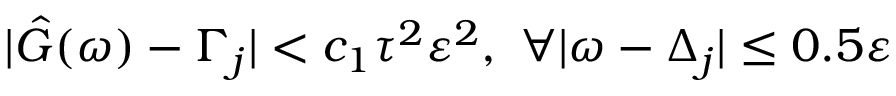
| \hat { G } ( \omega ) - \Gamma _ { j } | < c _ { 1 } \tau ^ { 2 } \varepsilon ^ { 2 } , ~ \forall | \omega - \Delta _ { j } | \leq 0 . 5 \varepsilon